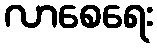
လာစေရေး